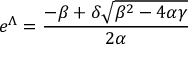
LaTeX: e ^ { \Lambda } = \frac { - \beta + \delta \sqrt { \beta ^ { 2 } - 4 \alpha \gamma } } { 2 \alpha }